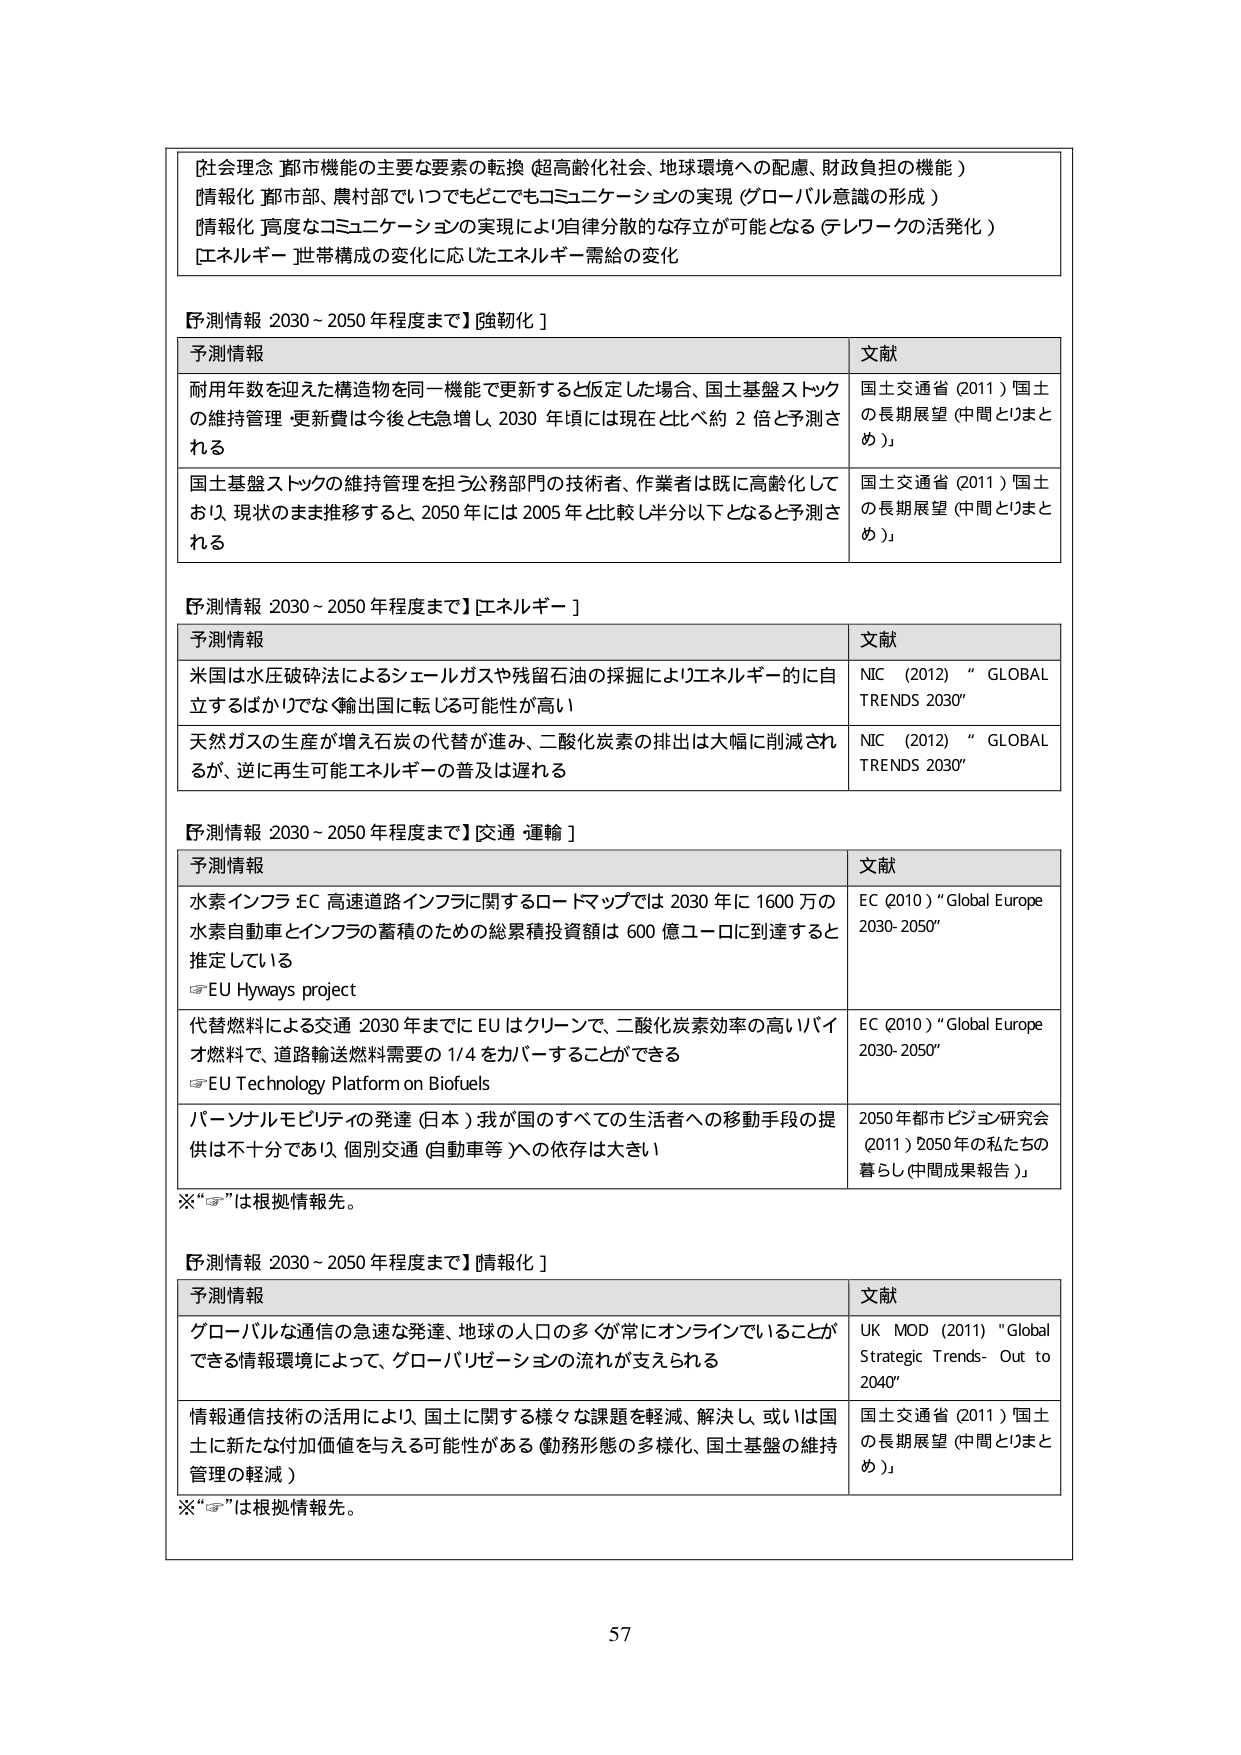
【社会理念】都市機能の主要な要素の転換（超高齢化社会、地球環境への配慮、財政負担の機能）
【情報化】都市部、農村部でいつでもどこでもコミュニケーションの実現（グローバル意識の形成）
【情報化】高度なコミュニケーションの実現により自律分散的な存在が可能となる（テレワークの活発化）
【エネルギー】世帯構成の変化に応じたエネルギー需給の変化

【予測情報 2030～2050年程度まで】【強靭化】
予測情報 文献
耐用年数を迎えた構造物を同一機能で更新すると仮定した場合、国土基盤ストックの維持管理・更新費は今後とも急増し、2030年頃には現在と比べ約2倍と予測される
国土交通省（2011）「国土の長期展望（中間とりまとめ）」
国土基盤ストックの維持管理を担う公務部門の技術者、作業者は既に高齢化しており、現状のまま推移すると、2050年には2005年と比較し半分以下となると予測される
国土交通省（2011）「国土の長期展望（中間とりまとめ）」

【予測情報 2030～2050年程度まで】【エネルギー】
予測情報 文献
米国は水圧破砕法によるシェールガスや残留石油の採掘によりエネルギー的に自立するばかりでなく輸出国に転じる可能性が高い
NIC（2012）“GLOBAL TRENDS 2030”
天然ガスの生産が増え石炭の代替が進み、二酸化炭素の排出は大幅に削減されるが、逆に再生可能エネルギーの普及は遅れる
NIC（2012）“GLOBAL TRENDS 2030”

【予測情報 2030～2050年程度まで】【交通・運輸】
予測情報 文献
水素インフラ EC高速道路インフラに関するロードマップでは2030年に1600万の水素自動車とインフラの蓄積のための総累積投資額は600億ユーロに到達すると推定している
☞EU Hyways project
EC（2010）“Global Europe 2030-2050”
代替燃料による交通 2030年までにEUはクリーンで、二酸化炭素効率の高いバイオ燃料で、道路輸送燃料需要の1/4をカバーすることができる
☞EU Technology Platform on Biofuels
EC（2010）“Global Europe 2030-2050”
パーソナルモビリティの発達（日本）我が国のすべての生活者への移動手段の提供は不十分であり、個別交通（自動車等）への依存は大きい
2050年都市ビジョン研究会（2011）「2050年の私たちの暮らし（中間成果報告）」
※“☞”は根拠情報先。

【予測情報 2030～2050年程度まで】【情報化】
予測情報 文献
グローバルな通信の急速な発達、地球の人口の多くが常にオンラインでいることができる情報環境によって、グローバリゼーションの流れが支えられる
UK MOD（2011）“Global Strategic Trends- Out to 2040”
情報通信技術の活用により、国土に関する様々な課題を軽減、解決し、或いは国土に新たな付加価値を与える可能性がある（勤務形態の多様化、国土基盤の維持管理の軽減）
国土交通省（2011）「国土の長期展望（中間とりまとめ）」
※“☞”は根拠情報先。

57